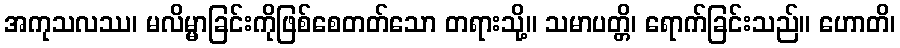
အကုသလဿ၊ မလိမ္မာခြင်းကိုဖြစ်စေတတ်သော တရားသို့။ သမာပတ္တိ၊ ရောက်ခြင်းသည်။ ဟောတိ၊